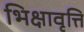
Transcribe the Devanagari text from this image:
भिक्षावृत्ति